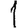
Digit: 1